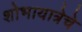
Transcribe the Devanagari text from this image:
शोभायात्रेचे